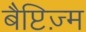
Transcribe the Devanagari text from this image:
बैप्टिज़्म